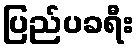
ပြည်ပခရီး